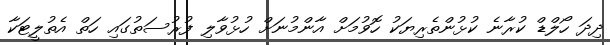
ދިދަ ހޯލްޑް ކުރާނެ ކުޅުންތެރިޔަކު ހޮވުމަށް އާންމުނަށް ހުޅުވާލި ފުރުސަތުގައި ހަތް އެތުލީޓަކާ